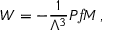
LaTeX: W = - \frac { 1 } { \Lambda ^ { 3 } } { \cal P } { \it f } M \, ,